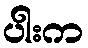
ပါးက